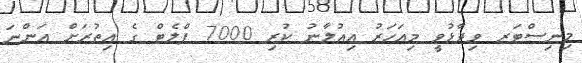
މިނިސްޓަރ ވިދާޅުވީ މިއަހަރު އިއުލާނު ކުރި 7000 ފްލެޓް ގެ އިތުރަށް އަންނަ